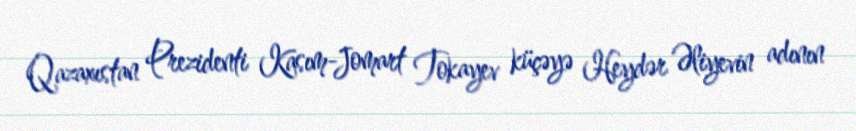
Qazaxıstan Prezidenti Kasım-Jomart Tokayev küçəyə Heydər Əliyevin adının